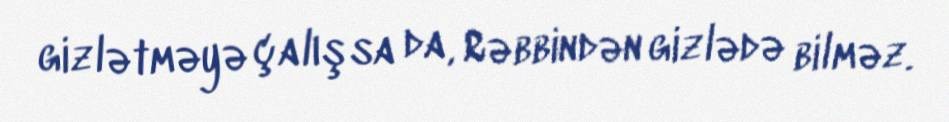
gizlətməyə çalışsa da, Rəbbindən gizlədə bilməz.